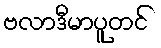
ဗလာဒီမာပူတင်